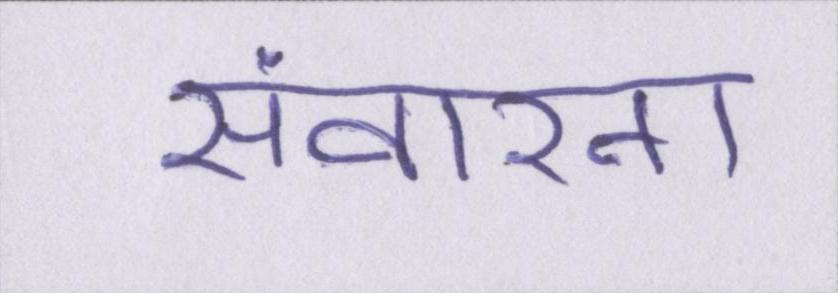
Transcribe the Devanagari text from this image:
संवारना